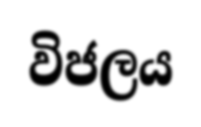
විජලය